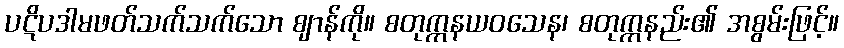
ပဋိပဒါမဖတ်သက်သက်သော ဈာန်ကို။ စတုက္ကနယဝသေန၊ စတုက္ကနည်း၏ အစွမ်းဖြင့်။